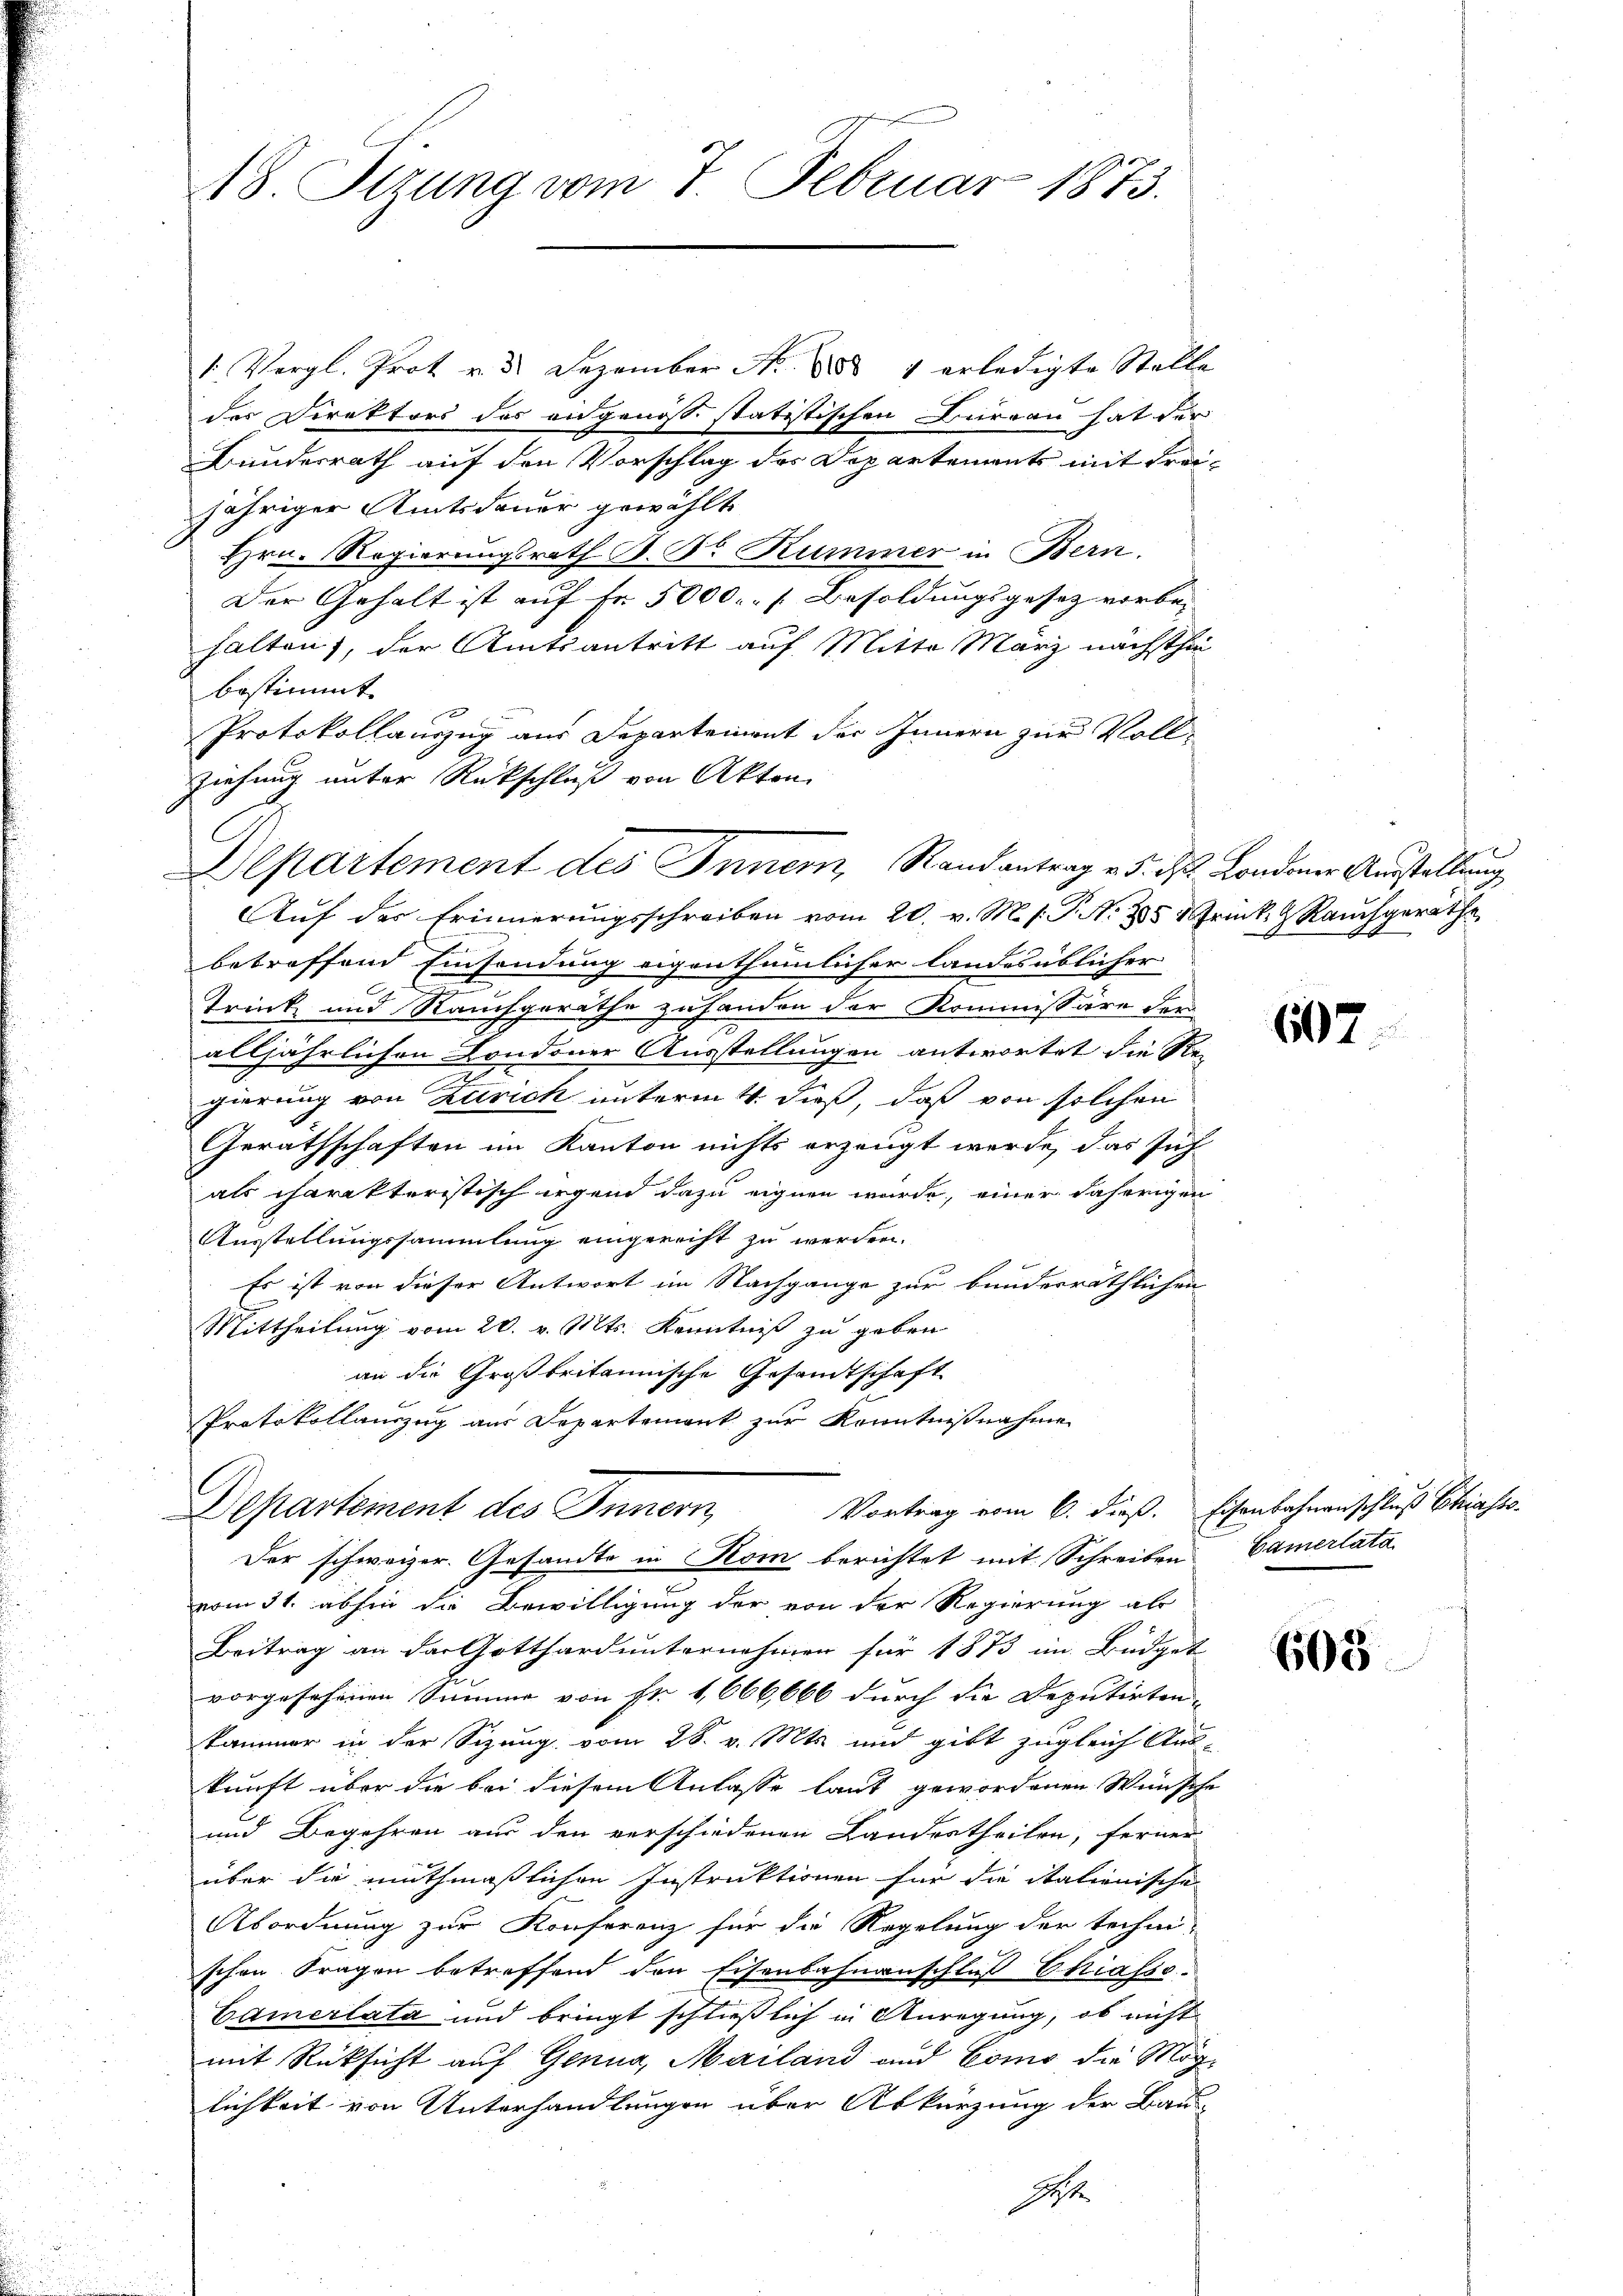
A8. Sizung vom 7. Februar 1873.

1. Vergl. Prot v. 3. Dezember No 888 4 erledigte Stelle
der Direktors des angenössistatistischen Büreau hat der
Bundesrath auf den Vorschlag des Departements mit Freijähriger Amtsdauer gewählt
Hrn. Regierungsrath B. Dr. Rummer in Bern.
Der Gehalt ist auf Fr. 5000.- [Besoldungsgesetz vorbehalten, der Amtsantritt auf Mitte März nächsthin
bestimmt.
Protokollauszug aus Departement der Innern zur Vollziehung unter Rückschluß von Akten
Auf der Erinnerungsschreiben vom 20. v. M. s. P. N. 285 1 Trink.  Rauchgerathe
betreffend Einsendung eigenthümlicher landesüblicher
Trink und Rauchgeräthe zu handen der Kommissäre der
alljährlichen Londoner Ausstellungen antwortet die Re¬
u
gierung von Zürich unterm 4. dieß, daß von solchen
Geräthschaften im Kanton nichts erzeugt werde, das sich
als charakteristisch irgend dazu eignen würde, einer daherigen
Ausstellungssammlung eingerecht zu werden.
Es ist von dieser Antwort im Nachgange zur bunderräthlichen
Mittheilung vom 20. v. Mts. Kenntniß zu geben
an die Großbritannische Gesandtschaft
Protokollauszug aus Departement zur Kenntnißnahme
l
Vortrag vom 6. dieß. Eisenbahnanschluß Chiasso
Departement des Innern,
Der schweizer. Gesandte in Kom berichtet mit Schreiben Camerlata
vom 31. abhin die Bewilligung der von der Regierung ab
Beitrag an der Gotthard unternehmen für 1873 im Büdget
vorgesehenen Summe von Fr. 1,666,666 durch die Deputirten-
kammer in der Sizung vom 28. v. Mts. und gibt zugleich Aus-
kunft über die bei diesem Anlasse laut gewordenen Wünsche
und Begehren aus den verschiedenen Landestheilen, ferner
über die muthmaßlichen Instruktionen für die itationische
Abordnung zur Konferenz für die Regelung der techni-
schen Fragen betreffend den Eisenbahnanschluß Chiasso¬
Camerlata und bringt schließlich in Anregung, ob nicht
mit Rücksicht auf Genua, Mailand und Como die Möglichkeit von Unterhandlungen über Abkürzung der Bau-
Ist.

Departement des Innern, Randantrag v. 5. d. Londoner Ausstellung

607.

605